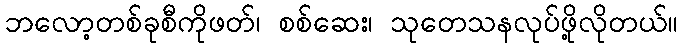
ဘလော့တစ်ခုစီကိုဖတ်၊ စစ်ဆေး၊ သုတေသနလုပ်ဖို့လိုတယ်။